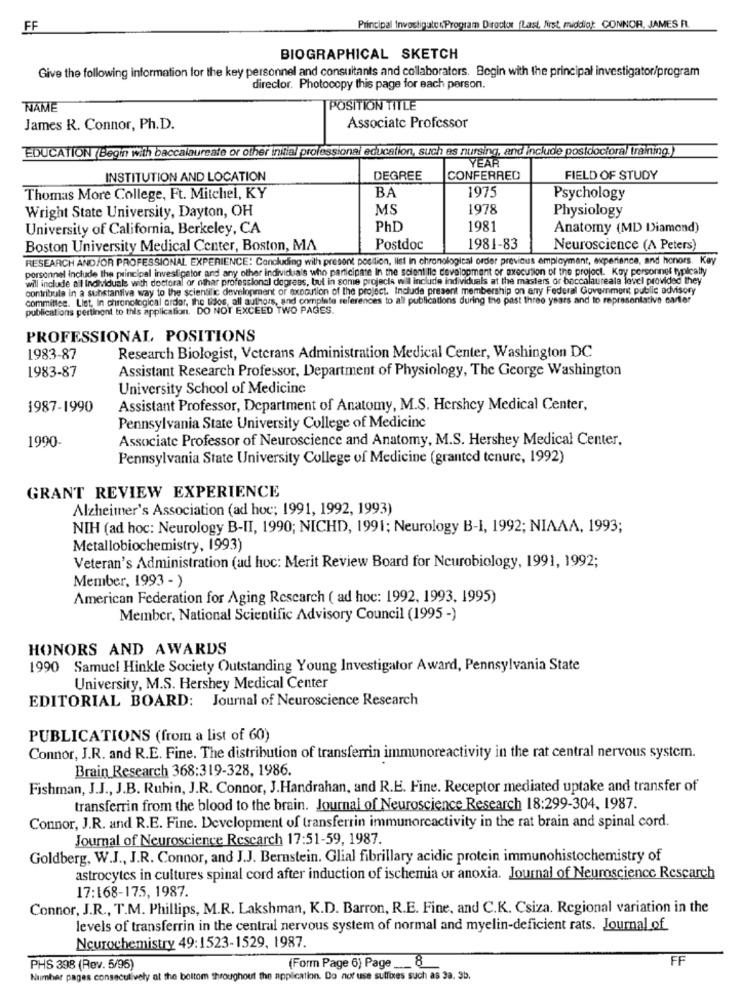
FF
Principal Investigute :. Program Director (Last, first, middia: CONNOR, JAMES FL.
BIOGRAPHICAL SKETCH
Give the following information for the key personnel and consultants and collaborators. Begin with the principal investigator/program
director. Photocopy this page for each person.
NAME
POSITION TITLE
James R. Connor, Ph.D.
Associate Professor
EDUCATION (Begin with baccalaureate or other initial professional education, such as nursing, and include postdoctoral training.)
YEAR
INSTITUTION AND LOCATION
DEGREE
CONFERRED
FIELD OF STUDY
BA
1975
Thomas More College, Ft. Mitchel, KY
Psychology
Wright State University, Dayton, OH
MS
1978
Physiology
University of California, Berkeley, CA
PhD
1981
Anatomy (MD Diamond)
Boston University Medical Center, Boston, MA
Postdoc
1981-83
Neuroscience (A Peters)
RESEARCH AND/OR PROFESSIONAL EXPERIENCE: Concluding with present position, list In chronological order previous employment, experiance, and honors. Kay
personnel include the principal investigator and any other individuals who participate In the scient llc development or execution of the project. Koy personnel typically
will include all Individuals with doctoral or other professional degrees, but in some projects will Include individuals at the masters or baccalaureale level provided they"
contribute in a substantive way to the scientific development of execution of the project. Include present membership on any Federal Government public advisory
committee. Llet, In chronological order, the tidos, all authors, and complete references to all publications during the past three years and to representative carter
publications pertinent to this application. DO NOT EXCEED TWO PAGES.
PROFESSIONAL POSITIONS
1983-87
Research Biologist, Veterans Administration Medical Center, Washington DC
1983-87
Assistant Research Professor, Department of Physiology, The George Washington
University School of Medicine
1987-1990
Assistant Professor, Department of Anatomy, M.S. Hershey Medical Center,
Pennsylvania State University College of Medicine
1990-
Associate Professor of Neuroscience and Anatomy, M.S. Hershey Medical Center.
Pennsylvania State University College of Medicine (granted tenure, 1992)
GRANT REVIEW EXPERIENCE
Alzheimer's Association (ad hoc; 1991, 1992, 1993)
NIH (ad hoc: Neurology B-II, 1990; NICHD, 1991; Neurology B-I, 1992; NIAAA, 1993;
Metallobiochemistry, 1993)
Veteran's Administration (ad hoc: Merit Review Board for Neurobiology, 1991, 1992;
Member, 1993 - )
American Federation for Aging Research ( ad hoc: 1992, 1993, 1995)
Member, National Scientific Advisory Council (1995 -)
HONORS AND AWARDS
1990 Samuel Hinkle Society Outstanding Young Investigator Award, Pennsylvania State
University, M.S. Hershey Medical Center
EDITORIAL BOARD: Journal of Neuroscience Research
PUBLICATIONS (from a list of 60)
Connor, J.R. and R.E. Fine. The distribution of transferrin immunoreactivity in the rat central nervous system.
Brain Research 368:319-328, 1986.
Fishman, J.J ., J.B. Ruhin, J.R. Connor, J.Handrahan, and R.E. Fine. Receptor mediated uptake and transfer of
transferrin from the blood to the brain. Journal of Neuroscience Research 18:299-304, 1987.
Connor, J.R. and R.E. Fine. Development of transferrin immunorcactivity in the rat brain and spinal cord.
Journal of Neuroscience Rescarch 17:51-59, 1987.
Goldberg, W.J ., J.R. Connor, and J.J. Bernstein. Glial fibrillary acidic protein immunohistochemistry of
astrocytes in cultures spinal cord after induction of ischemia or anoxia. Journal of Neuroscience Rescarch
17:168-175, 1987.
Connor, J.R ., T.M. Phillips, M.R. Lakshman, K.D. Barron, R.E. Fine, and C.K. Csiza. Regional variation in the
levels of transferrin in the central nervous system of normal and myelin-deficient rats. Journal of
Neurochemistry 49:1523-1529, 1987.
FF
PHS 398 (Rev. 5/95)
(Form Page 6) Page ___ 8
Number pages consecutively at the boltom throughout the application. Do nor use suffixes such as 3a, Sb.